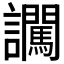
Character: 𧮕